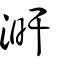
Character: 涆